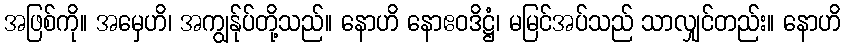
အဖြစ်ကို။ အမှေဟိ၊ အကျွန်ုပ်တို့သည်။ နောဟိ နောဧဝဒိဋ္ဌံ၊ မမြင်အပ်သည် သာလျှင်တည်း။ နောဟိ